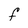
Character: f